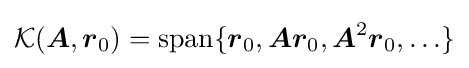
{\mathcal {K}}({\boldsymbol {A}},{\boldsymbol {r}}_{0})=\mathrm {span} \{{\boldsymbol {r}}_{0},{\boldsymbol {Ar}}_{0},{\boldsymbol {A}}^{2}{\boldsymbol {r}}_{0},\ldots \}